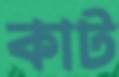
কাট